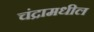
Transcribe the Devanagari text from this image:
चंद्रामधील